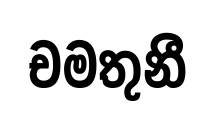
චමතුනී